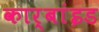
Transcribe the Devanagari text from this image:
कार्बांइड